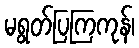
မရွတ်ပြကြကုန်၊